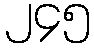
၂၄၅